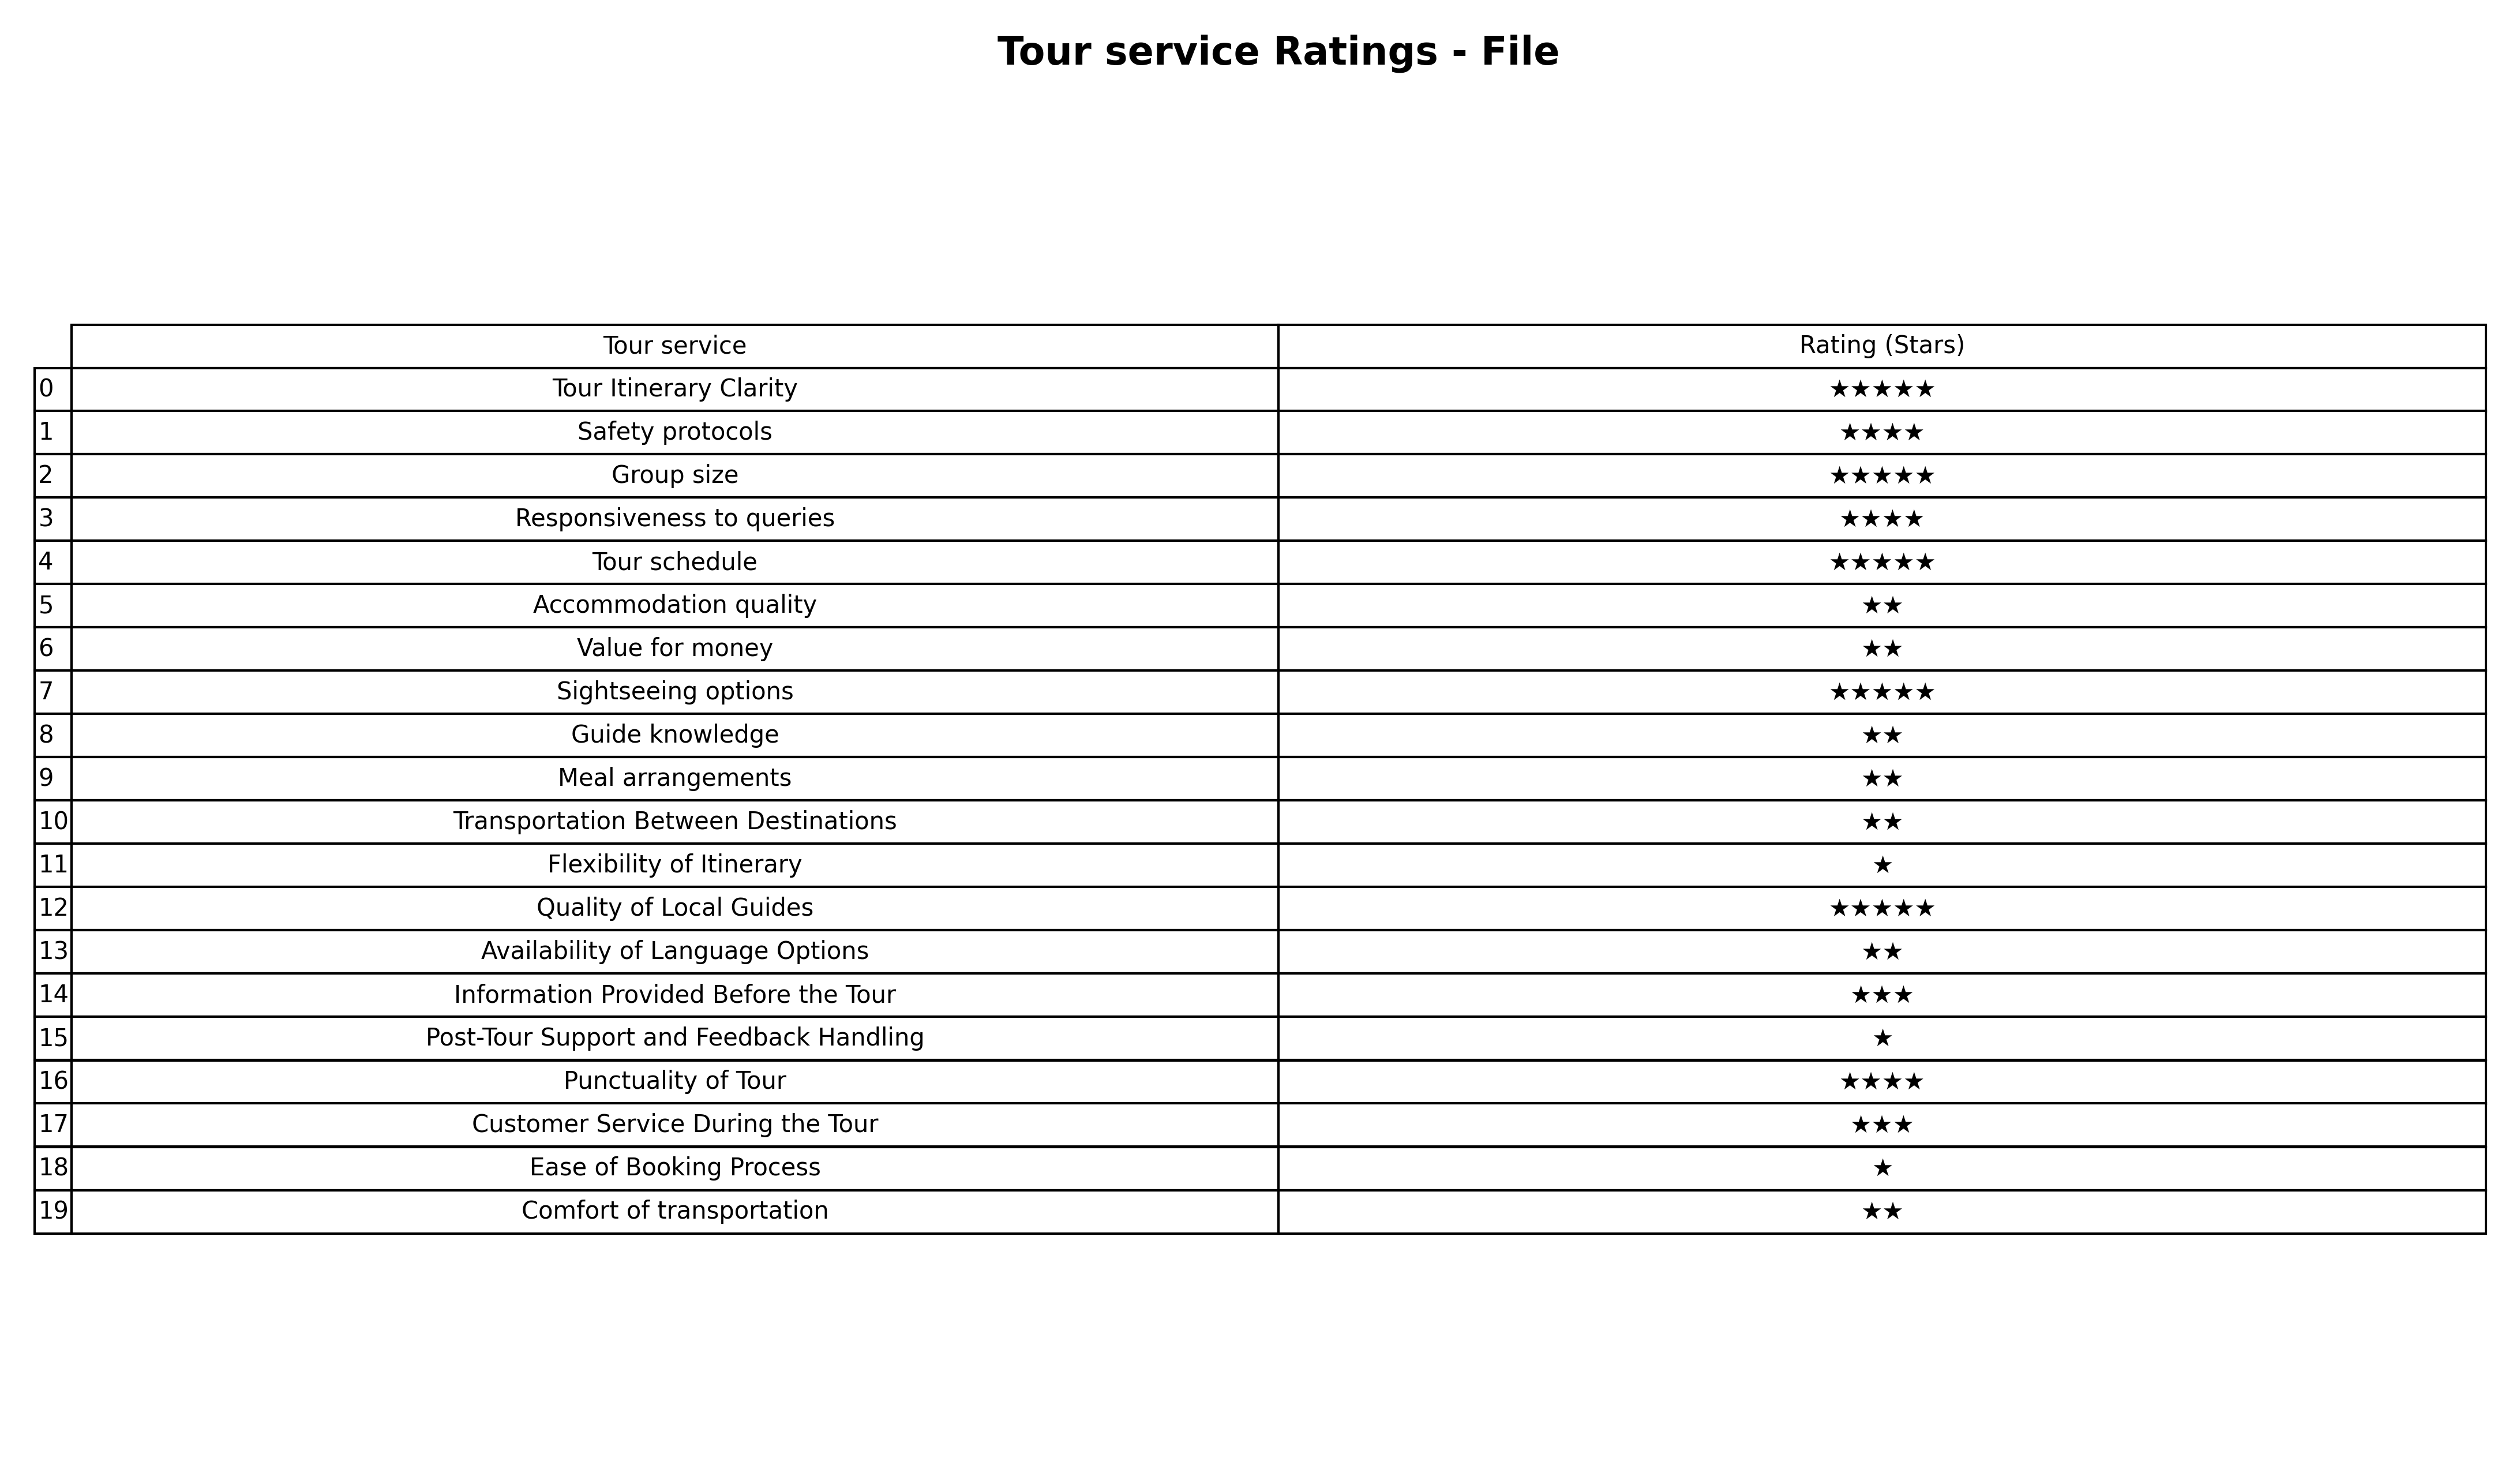
question: What are highest rating services?
answer: Accommodation qualityValue for moneyGuide knowledgeMeal arrangementsTransportation Between DestinationsAvailability of Language OptionsComfort of transportation